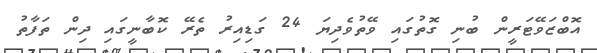
އޮބްޒަވޭޓަރީން ބުނި ގޮތުގައި ވޭތުވެދިޔަ 24 ގަޑިއިރު ތެރޭ ކޮބާނީގައި ދިން ތަފާތު